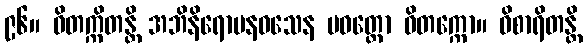
၉၆။ ဝိတက္ကိတန္တိ အဘိနိရောပနဝသေန ပဝတ္တော ဝိတက္ကော။ ဝိစာရိတန္တိ